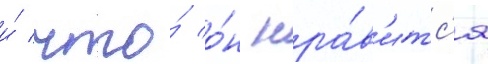
и́ что́ о́н нра́в'итс'я